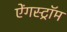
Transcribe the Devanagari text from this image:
ऐंगस्ट्रॉम